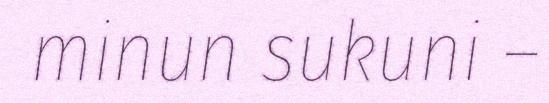
minun sukuni –